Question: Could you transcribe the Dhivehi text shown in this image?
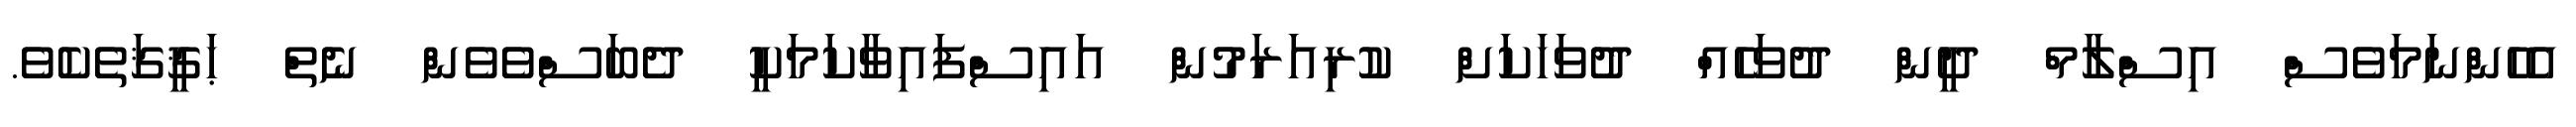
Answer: އެހެންނަމަވެސް އިސްލާމް ދީން ދުވަހެއް ދުވަހަކަށް ކުރިއަރަމުން އައިސްފައިވާކަމަކީ ދެބަސްވެވެން ނެތް ޙަޤީޤަތެކެވެ.